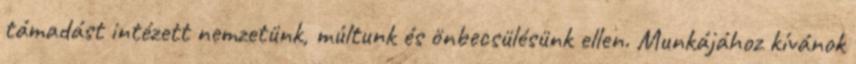
támadást intézett nemzetünk, múltunk és önbecsülésünk ellen. Munkájához kívánok